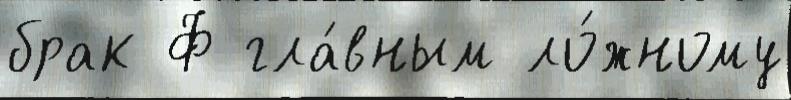
брак Ф гла́вным ло́жному